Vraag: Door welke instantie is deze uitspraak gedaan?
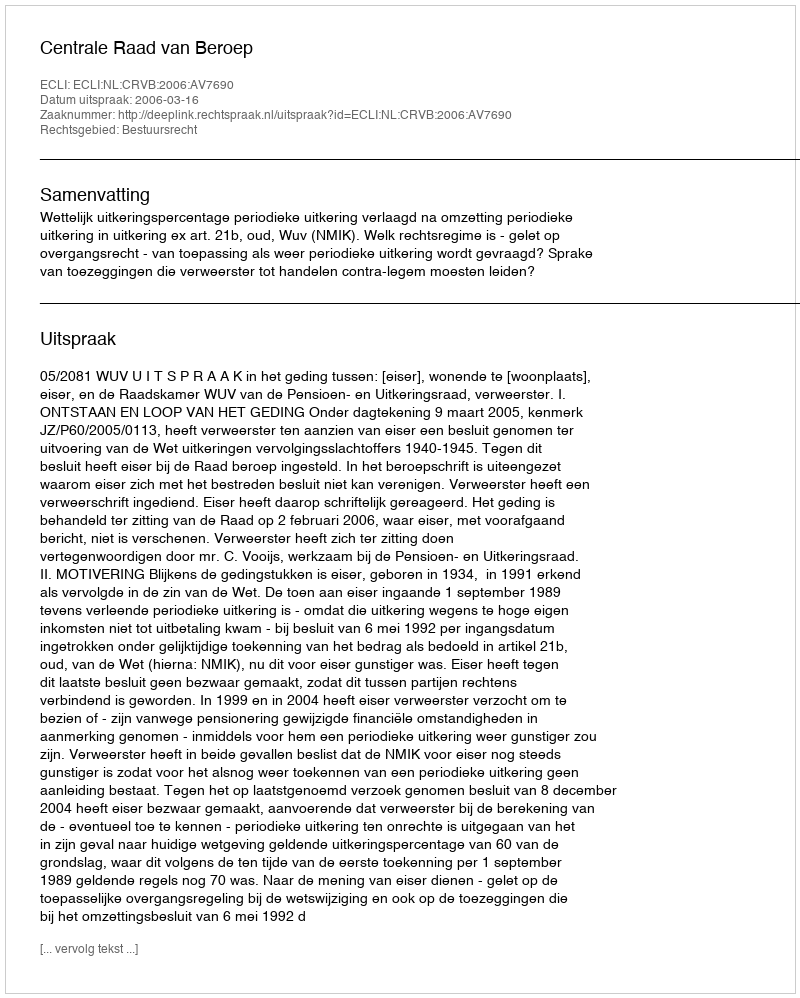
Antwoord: Centrale Raad van Beroep